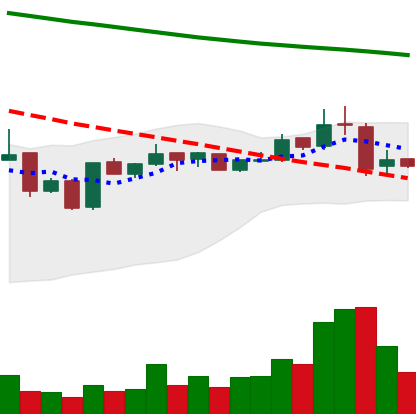
Ticker: BNB-USD
Chart end date: 2019-01-12
Forward return: 7.376%
Label: up_7plus